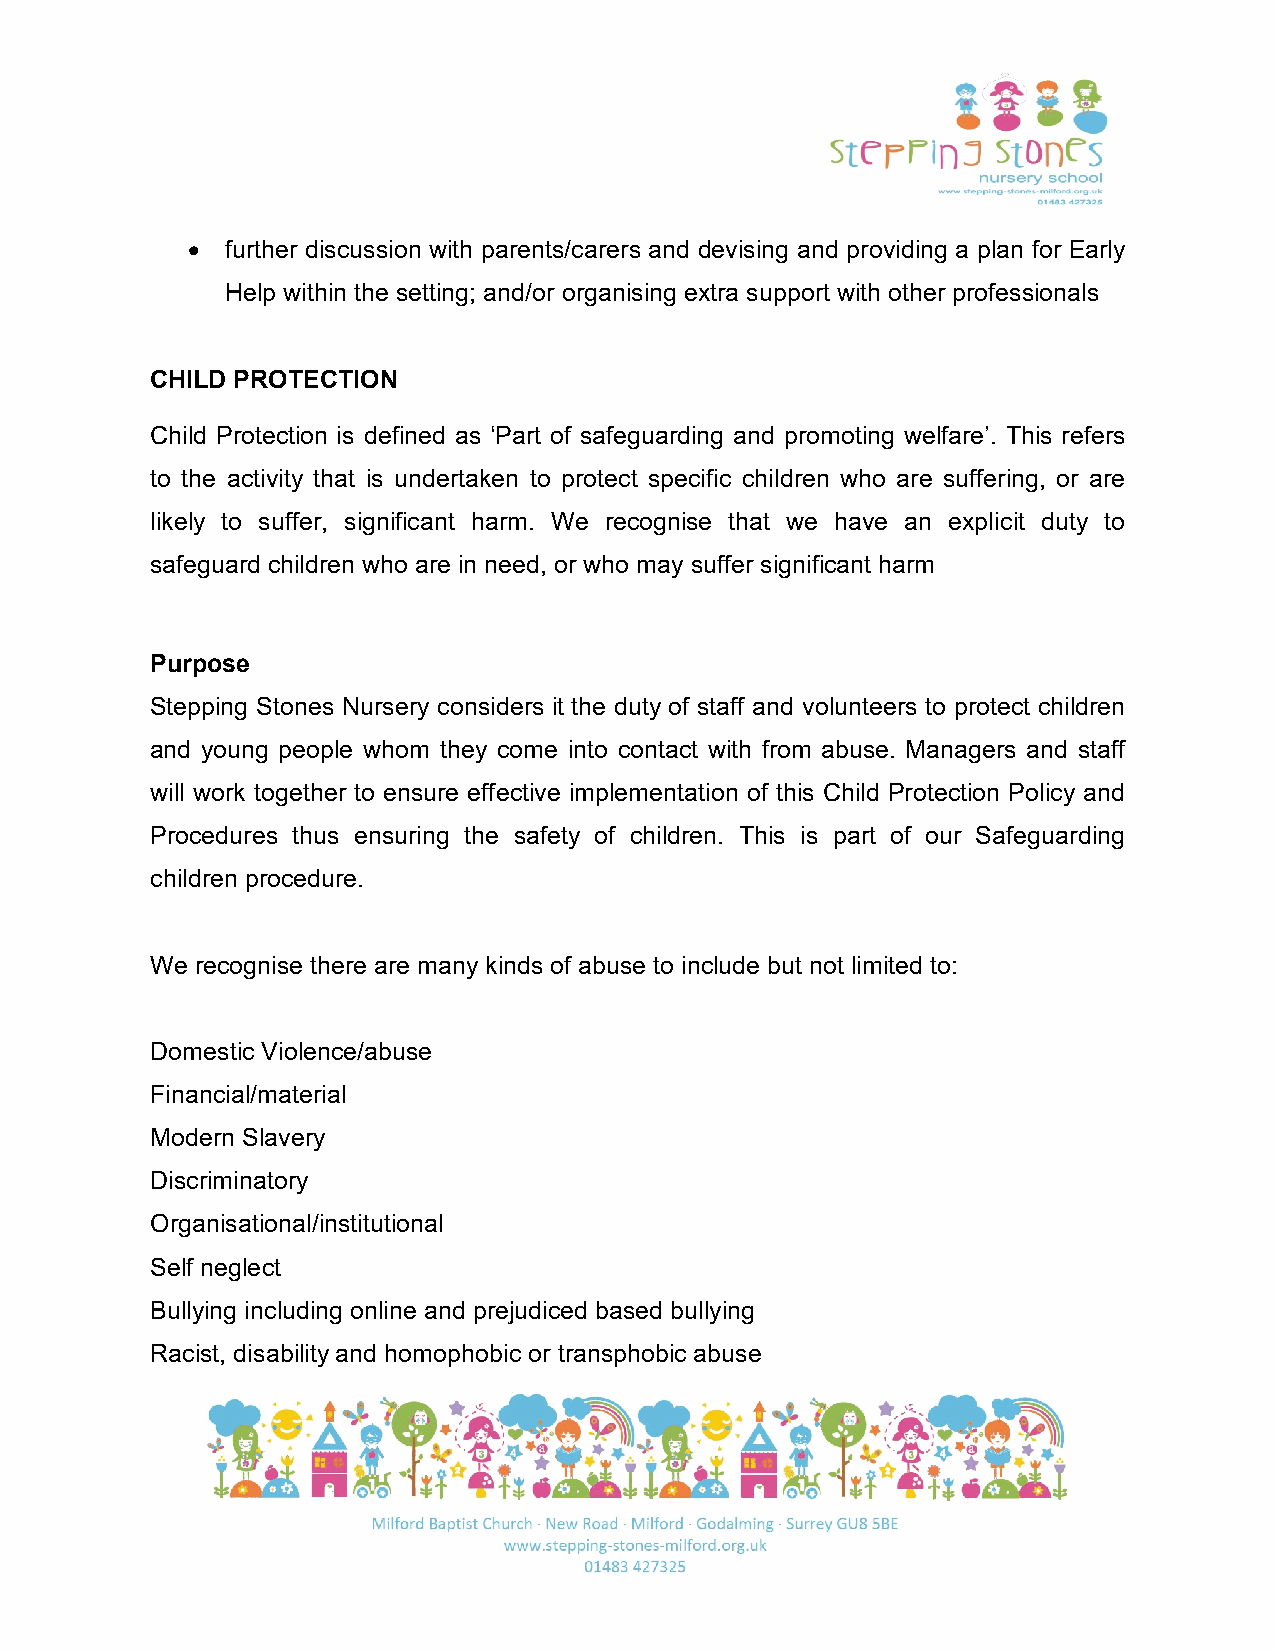
•  further discussion with parents/carers and devising and providing a plan for Early
 Help within the setting; and/or organising extra support with other professionals
 CHILD PROTECTION
 Child Protection is defined as ‘Part of safeguarding and promoting welfare’. This refers
 to the activity that is undertaken to protect specific children who are suffering, or are
 likely to suffer, significant harm. We recognise that we have an explicit duty to
 safeguard children who are in need, or who may suffer significant harm
 Purpose
 Stepping Stones Nursery considers it the duty of staff and volunteers to protect children
 and young people whom they come into contact with from abuse. Managers and staff
 will work together to ensure effective implementation of this Child Protection Policy and
 Procedures thus ensuring the safety of children. This is part of our Safeguarding
 children procedure.
 We recognise there are many kinds of abuse to include but not limited to:
 Domestic Violence/abuse
 Financial/material
 Modern Slavery
 Discriminatory
 Organisational/institutional
 Self neglect
 Bullying including online and prejudiced based bullying
 Racist, disability and homophobic or transphobic abuse